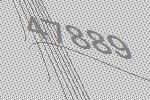
47889